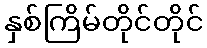
နှစ်ကြိမ်တိုင်တိုင်